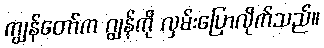
ကျွန်တော်က ဂျွန်ကို လှမ်းပြောလိုက်သည်။